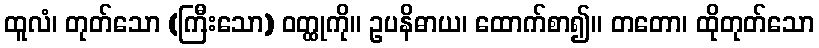
ထူလံ၊ တုတ်သော (ကြီးသော) ဝတ္ထုကို။ ဥပနိဓာယ၊ ထောက်စာ၍။ တတော၊ ထိုတုတ်သော